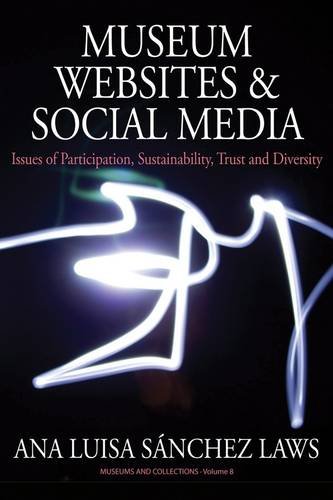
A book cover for Museum Websites and Social Media: Issues of Participation, Sustainability, Trust and Diversity (Museums and Collections); Ana Luisa SÃ¡nchez Laws; Politics & Social Sciences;